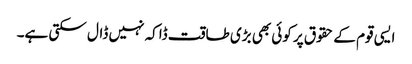
ایسی قوم کے حقوق پر کوئی بھی بڑی طاقت ڈاکہ نہیں ڈال سکتی ہے۔